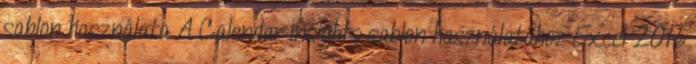
sablon használata A Calendar Insights sablon használatához Excel 2016